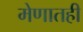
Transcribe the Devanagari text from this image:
मेणातही